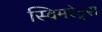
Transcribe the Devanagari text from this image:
स्विमरेट्स